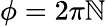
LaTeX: \phi=2\pi\mathbb{N}